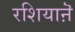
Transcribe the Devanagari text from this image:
रशियाऩॆ